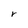
Character: r